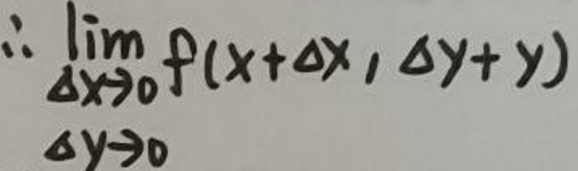
\(\therefore \lim_{\substack{\Delta x \to 0 \\ \Delta y \to 0}} f(x+\Delta x,y+\Delta y)\)